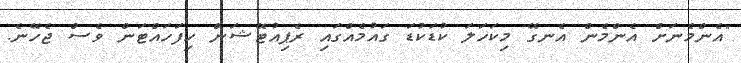
"އެންމެނަށް އެންމެން އެނގޭ މިކަހަލަ ކުޑަކުޑަ ގައުމެއްގައި ރެޕިއުޓޭޝަން ހިފަހައްޓަން ވެސް ޖެހޭނެ.